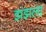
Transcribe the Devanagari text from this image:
झंझला